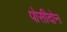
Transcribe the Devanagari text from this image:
पोसीदोन